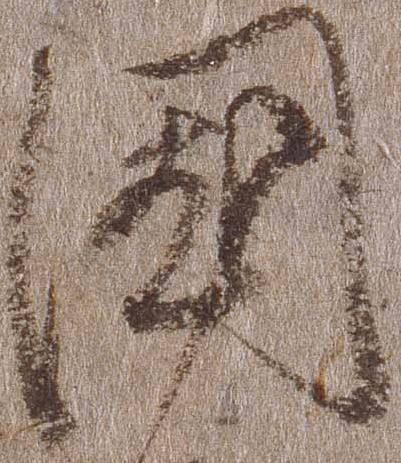
国